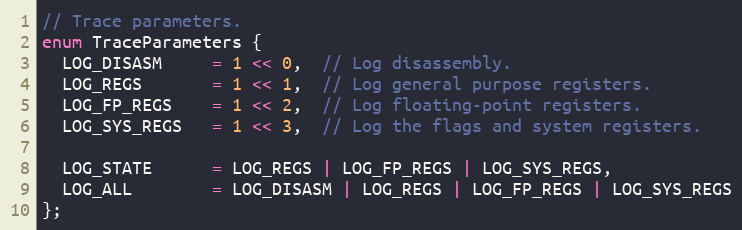
Language: C
// Trace parameters.
enum TraceParameters {
  LOG_DISASM     = 1 << 0,  // Log disassembly.
  LOG_REGS       = 1 << 1,  // Log general purpose registers.
  LOG_FP_REGS    = 1 << 2,  // Log floating-point registers.
  LOG_SYS_REGS   = 1 << 3,  // Log the flags and system registers.

  LOG_STATE      = LOG_REGS | LOG_FP_REGS | LOG_SYS_REGS,
  LOG_ALL        = LOG_DISASM | LOG_REGS | LOG_FP_REGS | LOG_SYS_REGS
};